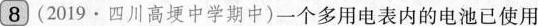
8 (2019·四川高埂中学期中)一个多用电表内的电池已使用